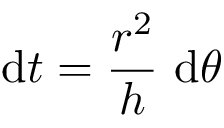
\mathrm { d } t = { \frac { r ^ { 2 } } { h } } \ \mathrm { d } \theta